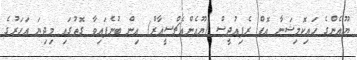
ޔޫއެންގެ ހައިކޮމިޝަނާ އޮފް ރެފިއުޖީސް (ޔޫއެންއެޗްސީއާރް) އިން ބުނެފައިވާ ގޮތުގައި މިދިޔަ އަހަރުގެ